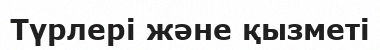
Түрлері және қызметі